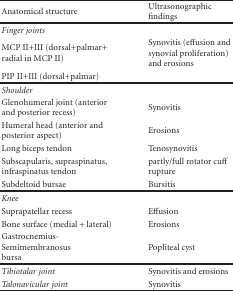
| Anatomical structure | Ultrasonographic findings |
 | --- | --- |
 | Finger joints |  |
 | MCP II+III (dorsal+palmar+ radial in MCP II) | Synovitis (effusion and synovial proliferation) and erosions |
 | PIP II+III (dorsal+palmar) |  |
 | Shoulder |  |
 | Glenohumeral joint (anterior and posterior recess) | Synovitis |
 | Humeral head (anterior and posterior aspect) | Erosions |
 | Long biceps tendon | Tenosynovitis |
 | Subscapularis, supraspinatus, infraspinatus tendon | partly/full rotator cuff rupture |
 | Subdeltoid bursae | Bursitis |
 | Knee |  |
 | Suprapatellar recess | Effusion |
 | Bone surface (medial + lateral) | Erosions |
 | Gastrocnemius-Semimembranosus bursa | Popliteal cyst |
 | Tibiotalar joint | Synovitis and erosions |
 | Talonavicular joint | Synovitis |